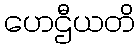
ဟေဌီယတိ